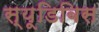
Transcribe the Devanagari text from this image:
स्यूडिबिस